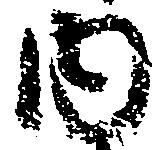
内